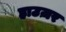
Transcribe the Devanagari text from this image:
हाउज़र